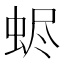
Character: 𧋅